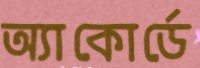
অ্যাকোর্ডে